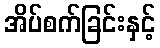
အိပ်စက်ခြင်းနှင့်